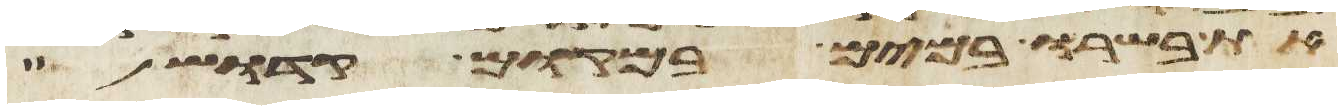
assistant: את בשרו במים במקום קדוש